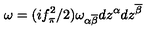
\omega = ( i f _ { \pi } ^ { 2 } / 2 ) \omega _ { \alpha \overline { { \beta } } } d z ^ { \alpha } d z ^ { \overline { { \beta } } }